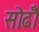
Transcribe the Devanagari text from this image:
सोढोँ